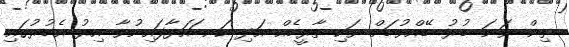
ތިން ވަނަ ބުރު ބޭއްވުމަށް ވަކި ތާރީހެއް އަދި ކަނޑައަޅާފައިނުވާ އިރު އެބުރުގައި